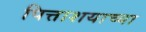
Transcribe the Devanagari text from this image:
पित्ताशयाच्या